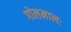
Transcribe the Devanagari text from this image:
गोलमालः